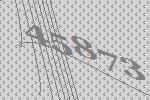
45873